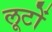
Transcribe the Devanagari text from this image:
लूटों